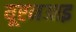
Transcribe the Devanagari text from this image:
यूएनआइ